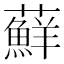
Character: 蘚